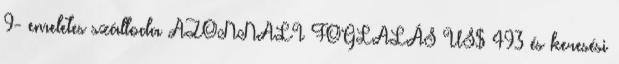
9- emeletes szálloda AZONNALI FOGLALÁS US$ 493 és keresési